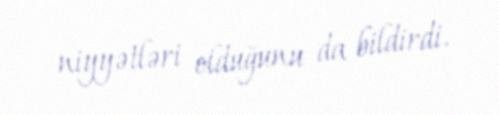
niyyətləri olduğunu da bildirdi.